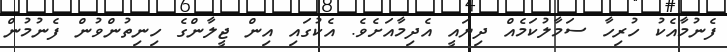
ފެނުމާއެކު ހުރިހާ ސަމާލުކަމެއް ދިޔައީ އެދިމާއަށެވެ. އެކުގައި އިން ޖީލާންގެ ހިނިތުންވުން ފެނުމުން